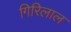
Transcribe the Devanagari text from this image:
गिरिलाल